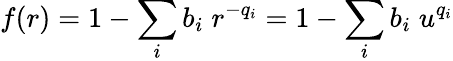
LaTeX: f(r)=1-\sum_{i}b_{i}\; r^{-q_{i}}=1-\sum_{i}b_{i}\; u^{q_{i}}